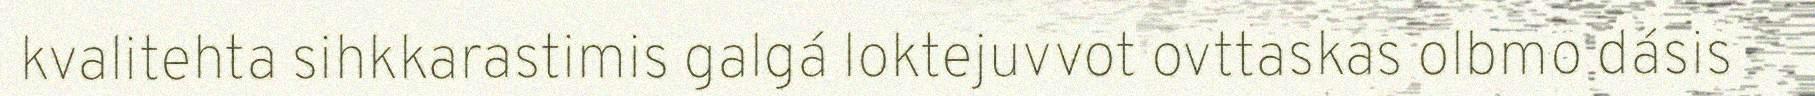
kvalitehta sihkkarastimis galgá loktejuvvot ovttaskas olbmo dásis